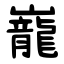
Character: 巃